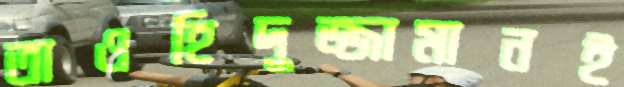
তাওহিদুজ্জামানই